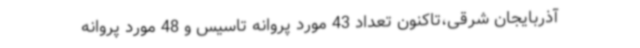
آذربایجان شرقی،تاکنون تعداد 43 مورد پروانه تاسیس و 48 مورد پروانه